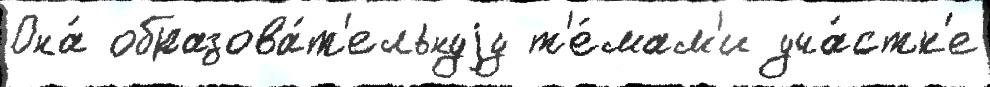
Она́ образова́т'ельнуjу т'е́мам'и уча́стк'е